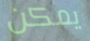
يمكن